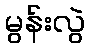
မွန်းလွဲ